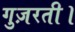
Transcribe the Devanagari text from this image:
गुज़रती।